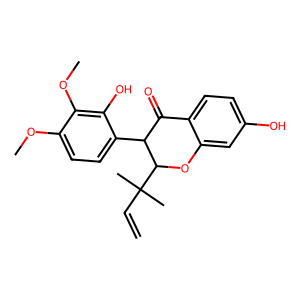
SMILES: C=CC(C)(C)C1Oc2cc(O)ccc2C(=O)C1c1ccc(OC)c(OC)c1O
Inhibits HIV replication: No